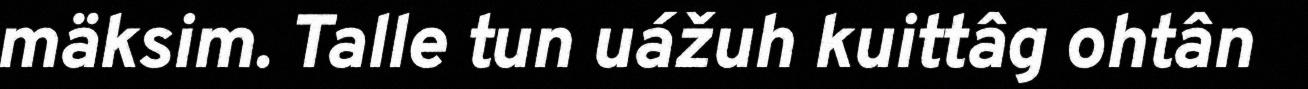
mäksim. Talle tun uážuh kuittâg ohtân